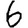
Digit: 6